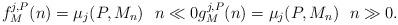
LaTeX: \begin{align*}f_M^{j,P}(n) = \mu_j(P, M_n) \ \ n \ll 0 g_M^{j,P}(n) = \mu_j(P, M_n) \ \ n \gg 0.\end{align*}